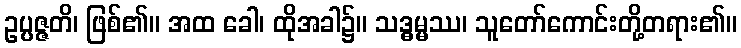
ဥပ္ပဇ္ဇတိ၊ ဖြစ်၏။ အထ ခေါ၊ ထိုအခါ၌။ သဒ္ဓမ္မဿ၊ သူတော်ကောင်းတို့တရား၏။